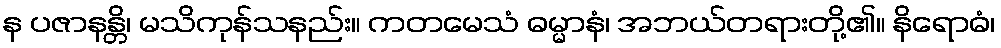
န ပဇာနန္တိ၊ မသိကုန်သနည်း။ ကတမေသံ ဓမ္မာနံ၊ အဘယ်တရားတို့၏။ နိရောဓံ၊